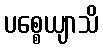
ပစ္စေယျာသိ